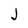
Character: J